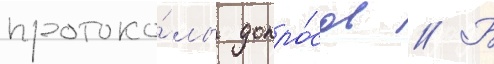
протоко́лы допро́сов // Б